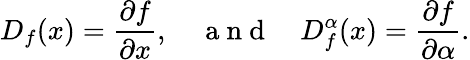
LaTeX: D_{f}(x)=\frac{\partial f}{\partial x},\quad\mathrm{~a~n~d~}\quad D_{f}^{\alpha}(x)=\frac{\partial f}{\partial\alpha}.